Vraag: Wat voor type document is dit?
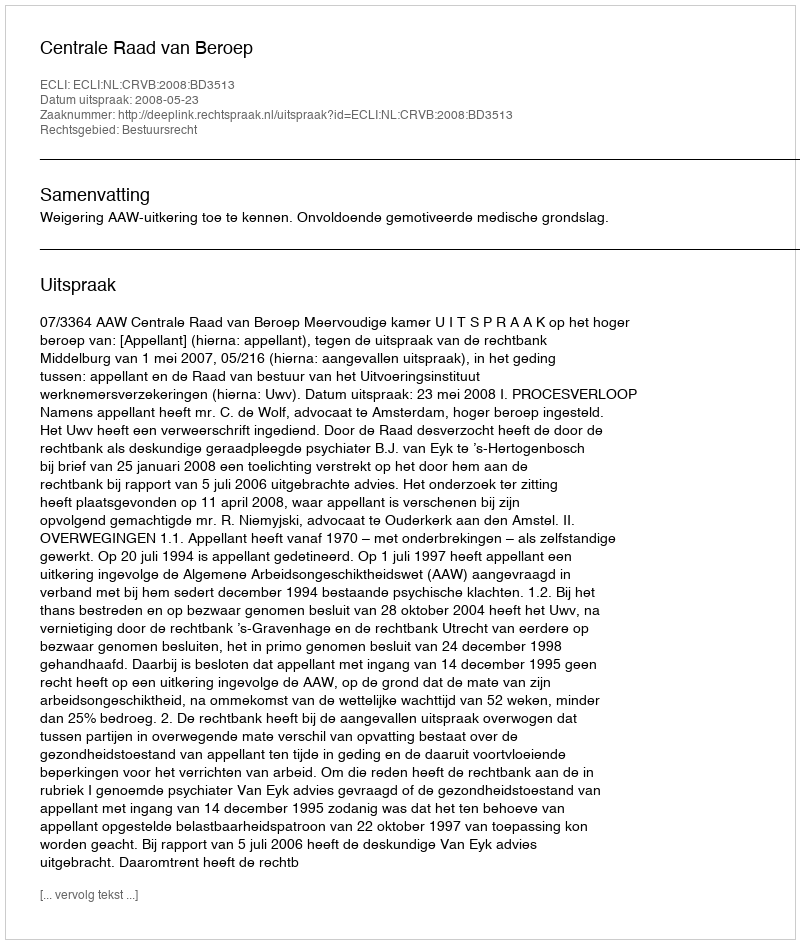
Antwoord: Uitspraak